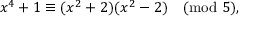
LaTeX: x ^ { 4 } + 1 \equiv ( x ^ { 2 } + 2 ) ( x ^ { 2 } - 2 ) { \pmod { 5 } } , \qquad